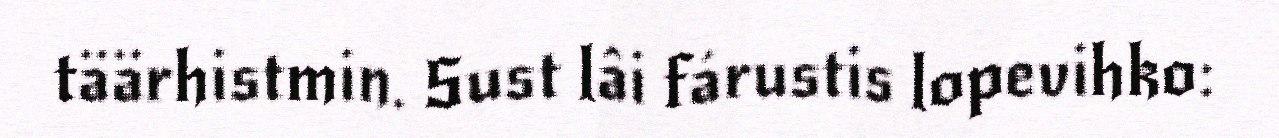
täärhistmin. Sust lâi fárustis lopevihko: